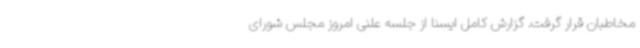
مخاطبان قرار گرفت. گزارش کامل ایسنا از جلسه علنی امروز مجلس شورای